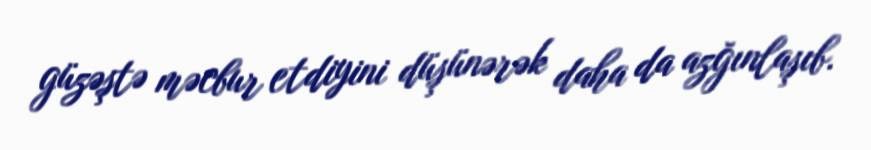
güzəştə məcbur etdiyini düşünərək daha da azğınlaşıb.